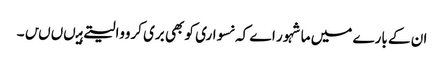
ان کے بارے میں ماشہور اے کہ نسواری کو بھی بری کرووالیتے ہیںںںں۔